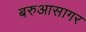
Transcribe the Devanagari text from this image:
बरुआसागर